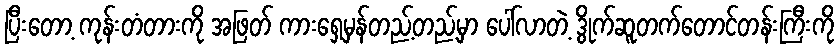
ပြီးတော့ ကုန်းတံတားကို အဖြတ် ကားရှေ့မှန်တည့်တည့်မှာ ပေါ်လာတဲ့ ဒွိုက်ဆူတက်တောင်တန်းကြီးကို